Burma Government Medical School reports 1907-22
Year: 1907
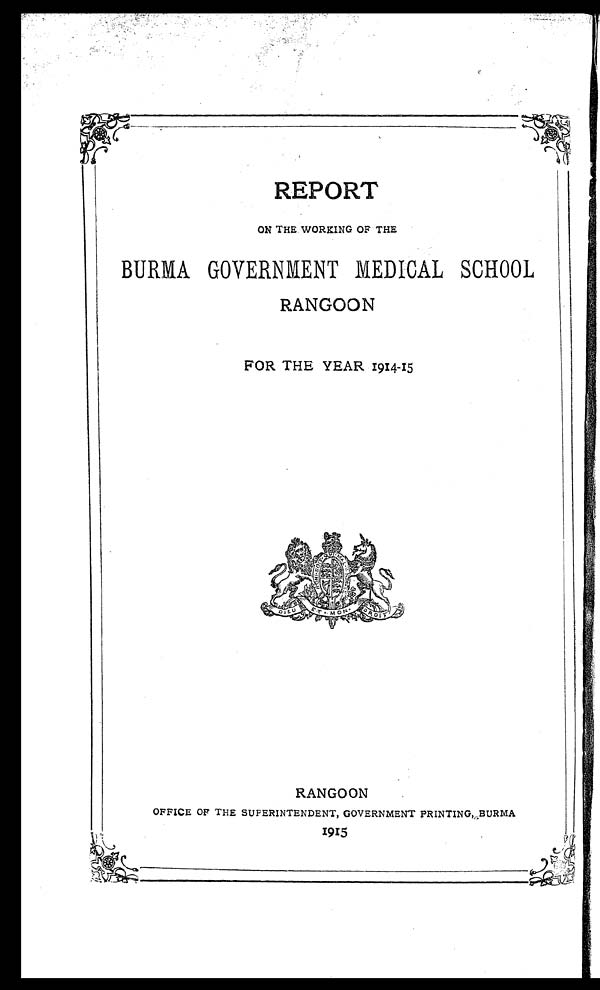
REPORT
ON THE WORKING OF THE
BURMA GOVERNMENT MEDICAL SCHOOL
RANGOON
FOR THE YEAR 1914-15
RANGOON
OFFICE OF THE SUPERINTENDENT, GOVERNMENT PRINTING, BURMA
1915